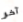
آخر